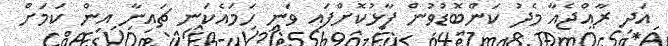
އަދި ރާއްޖެއާ މެދު ކަންބޮޑުވުން ފާޅުކޮށްފައި ވަނީ ހަމައެކަނި ޗައިނާ އިން ކަމަށް